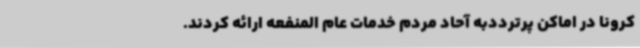
کرونا در اماکن پرترددبه آحاد مردم خدمات عام المنفعه ارائه کردند.